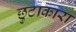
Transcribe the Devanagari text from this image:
छुटाकारा